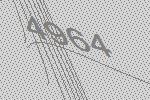
4964